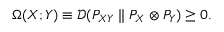
\Omega ( X ; Y ) \equiv \mathcal { D } ( P _ { X Y } \parallel P _ { X } \otimes P _ { Y } ) \ge 0 .